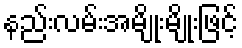
နည်းလမ်းအမျိုးမျိုးဖြင့်